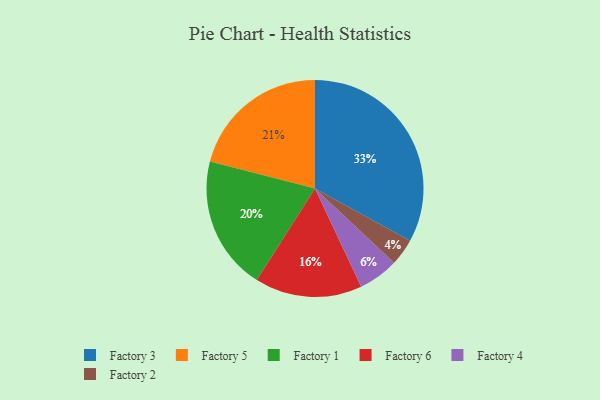
{"axis": {"x": "Category", "y": "Percentage"}, "legend": ["Factory 1", "Factory 2", "Factory 3", "Factory 4", "Factory 5", "Factory 6"], "data": [{"x": "Factory 2", "y": 4, "type": "Factory 2"}, {"x": "Factory 5", "y": 21, "type": "Factory 5"}, {"x": "Factory 4", "y": 6, "type": "Factory 4"}, {"x": "Factory 3", "y": 33, "type": "Factory 3"}, {"x": "Factory 6", "y": 16, "type": "Factory 6"}, {"x": "Factory 1", "y": 20, "type": "Factory 1"}]}